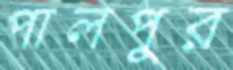
পালপুর